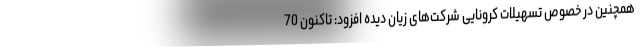
همچنین در خصوص تسهیلات کرونایی شرکت‌های زیان دیده افزود: تاکنون 70